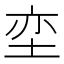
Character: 𮰟